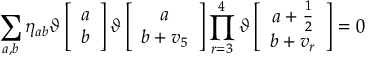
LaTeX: \sum _ { a , b } \eta _ { a b } \vartheta \left[ \begin{array} { c } { { a } } \\ { { b } } \end{array} \right] \vartheta \left[ \begin{array} { c } { { a } } \\ { { b + v _ { 5 } } } \end{array} \right] \prod _ { r = 3 } ^ { 4 } \vartheta \left[ \begin{array} { c } { { a + \frac { 1 } { 2 } } } \\ { { b + v _ { r } } } \end{array} \right] = 0